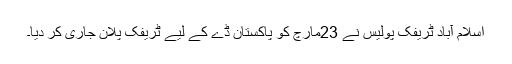
اسلام آباد ٹریفک پولیس نے 23مارچ کو پاکستان ڈے کے لیے ٹریفک پلان جاری کر دیا۔